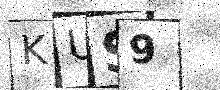
Text: KUS9